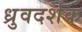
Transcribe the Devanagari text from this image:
ध्रुवदर्शक